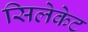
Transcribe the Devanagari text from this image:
सिलेकेट